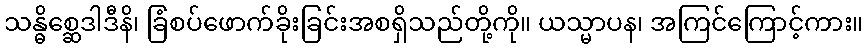
သန္ဓိစ္ဆေဒါဒီနိ၊ ခြံစပ်ဖောက်ခိုးခြင်းအစရှိသည်တို့ကို။ ယသ္မာပန၊ အကြင်ကြောင့်ကား။